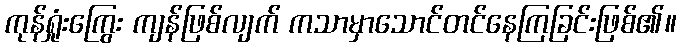
ကုန်ရှုံးကြွေး ကျန်ဖြစ်လျက် ကသာမှာသောင်တင်နေကြခြင်းဖြစ်၏။